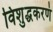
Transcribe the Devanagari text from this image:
विशुद्धकरणं